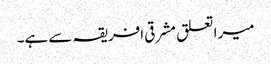
میرا تعلق مشرقی افریقہ سے ہے۔